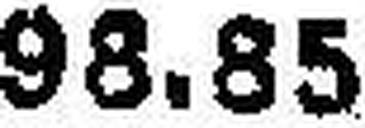
98.85